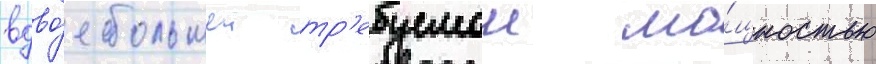
вдво́е большеи тр'ебуемои мо́щностью